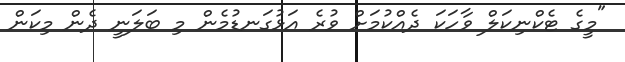
"މީގެ ޓެކްނިކަލް ވާހަކަ ދެއްކުމަށް ވުރެ އަޅުގަނޑުމެން މި ބަލަނީ ދެން މިކަން